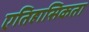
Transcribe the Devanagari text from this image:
एतिहासिकता